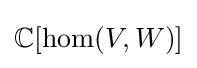
\mathbb {C} [\operatorname {hom} (V,W)]